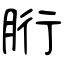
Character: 胻